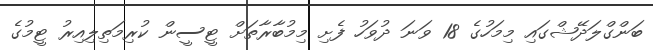
ބަންގްލަދޭޝްގައި މިމަހުގެ 18 ވަނަ ދުވަހު ފެށި މިމުބާރާތަށް ޓީސީން ކުރިމަތިލިއިރު ޓީމުގެ